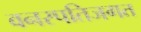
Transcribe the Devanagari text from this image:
वनस्पतिजगत